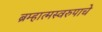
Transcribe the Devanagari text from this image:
ब्रम्हात्मस्वरुपाचे